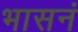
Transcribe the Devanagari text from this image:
भासनं